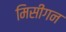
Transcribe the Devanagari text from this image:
मिसीगन